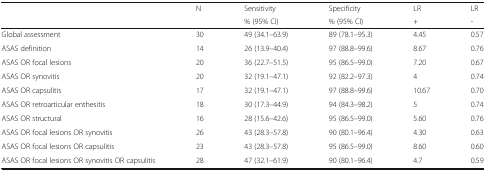
<table><thead><tr><td rowspan="2"></td><td rowspan="2"><b>N</b></td><td><b>Sensitivity</b></td><td><b>Specificity</b></td><td><b>LR</b></td><td><b>LR</b></td></tr><tr><td><b>% (95% CI)</b></td><td><b>% (95% CI)</b></td><td><b>+</b></td><td><b>-</b></td></tr></thead><tbody><tr><td>Global assessment</td><td>30</td><td>49 (34.1–63.9)</td><td>89 (78.1–95.3)</td><td>4.45</td><td>0.57</td></tr><tr><td>ASAS definition</td><td>14</td><td>26 (13.9–40.4)</td><td>97 (88.8–99.6)</td><td>8.67</td><td>0.76</td></tr><tr><td>ASAS OR focal lesions</td><td>20</td><td>36 (22.7–51.5)</td><td>95 (86.5–99.0)</td><td>7.20</td><td>0.67</td></tr><tr><td>ASAS OR synovitis</td><td>20</td><td>32 (19.1–47.1)</td><td>92 (82.2–97.3)</td><td>4</td><td>0.74</td></tr><tr><td>ASAS OR capsulitis</td><td>17</td><td>32 (19.1–47.1)</td><td>97 (88.8–99.6)</td><td>10.67</td><td>0.70</td></tr><tr><td>ASAS OR retroarticular enthesitis</td><td>18</td><td>30 (17.3–44.9)</td><td>94 (84.3–98.2)</td><td>5</td><td>0.74</td></tr><tr><td>ASAS OR structural</td><td>16</td><td>28 (15.6–42.6)</td><td>95 (86.5–99.0)</td><td>5.60</td><td>0.76</td></tr><tr><td>ASAS OR focal lesions OR synovitis</td><td>26</td><td>43 (28.3–57.8)</td><td>90 (80.1–96.4)</td><td>4.30</td><td>0.63</td></tr><tr><td>ASAS OR focal lesions OR capsulitis</td><td>23</td><td>43 (28.3–57.8)</td><td>95 (86.5–99.0)</td><td>8.60</td><td>0.60</td></tr><tr><td>ASAS OR focal lesions OR synovitis OR capsulitis</td><td>28</td><td>47 (32.1–61.9)</td><td>90 (80.1–96.4)</td><td>4.7</td><td>0.59</td></tr></tbody></table>